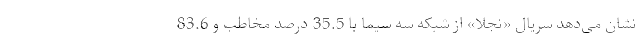
نشان می‌دهد سریال «نجلا» از شبکه سه سیما با 35.5 درصد مخاطب و 83.6